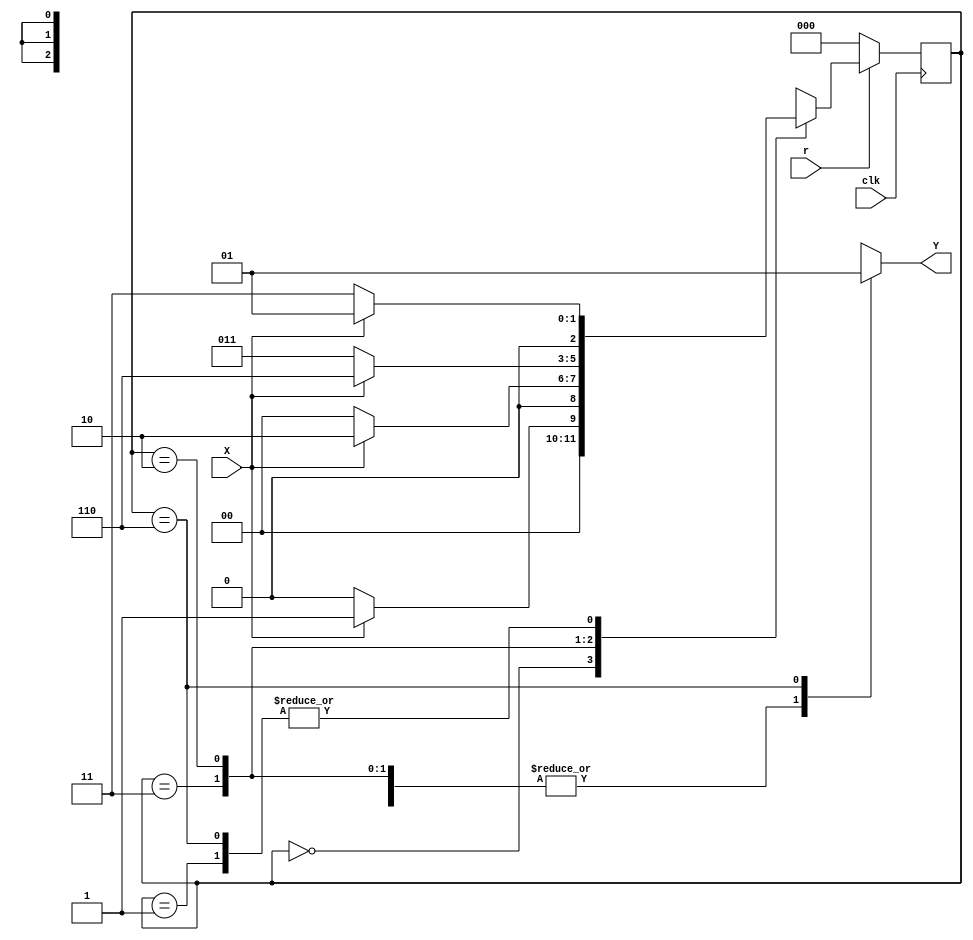
module r_moore(X,Y,clk,r);

input wire X,clk,r;
output reg Y;

localparam [2:0]
	S0=3'b000,
	S1=3'b001,
	S2=3'b011,
	S3=3'b010,
	S4=3'b110;
	
reg [2:0] ac_state;
	
always @ (posedge clk)
begin
	if (r==1'b0)
		ac_state <= S0;
	else
		begin
		case (ac_state)
			S0: ac_state <= (X) ? S1 : S0;
			S1: ac_state <= (X) ? S1 : S2;
			S2: ac_state <= (X) ? S3 : S0;
			S3: ac_state <= (X) ? S4 : S2;
			S4: ac_state <= (X) ? S1 : S2;
			default: ac_state <= 3'bxxx;
		endcase
		end
end

always @ (ac_state)
begin
	case (ac_state)
		S0: Y <= 1'b0;
		S1: Y <= 1'b0;
		S2: Y <= 1'b0;
		S3: Y <= 1'b0;
		S4: Y <= 1'b1;
		default: Y <= 1'bx;
	endcase
end
endmodule